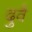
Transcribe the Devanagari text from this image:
दुवै